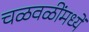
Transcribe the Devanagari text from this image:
चळवळींमध्यें